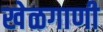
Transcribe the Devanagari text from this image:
खेळगाणी